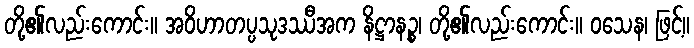
တို့၏လည်းကောင်း။ အဝိဟာတပ္ပသုဒဿီအက နိဋ္ဌာနဉ္စ၊ တို့၏လည်းကောင်း။ ဝသေန၊ ဖြင့်။